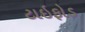
ટાઇફોડ